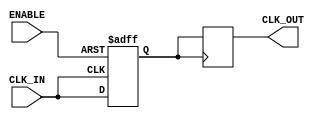
module clock_buffer (
    input wire CLK_IN,      // Input clock signal
    input wire ENABLE,      // Enable signal for the clock buffer
    output reg CLK_OUT      // Buffered clock output signal
);

// Internal signal for the buffered clock
reg clk_buf;

// Buffering mechanism with minimal propagation delay
always @(posedge CLK_IN or negedge ENABLE) begin
    if (!ENABLE) begin
        clk_buf <= 1'b0; // When disabled, output low
    end else begin
        clk_buf <= CLK_IN; // Buffer the input clock
    end
end

// Assign the buffered clock to the output
always @(posedge clk_buf) begin
    CLK_OUT <= clk_buf; // Drive the output with the buffered clock
end

endmodule